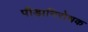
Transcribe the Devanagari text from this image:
पीड़ानिरोधक